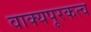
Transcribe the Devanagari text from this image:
वाक्यपूरकत्व